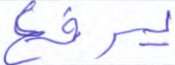
يرفع